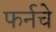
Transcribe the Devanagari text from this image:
फर्नचे